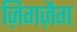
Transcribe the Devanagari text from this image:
ज़िगज़ैग